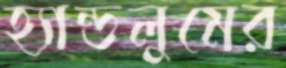
হ্যান্ডলুমের